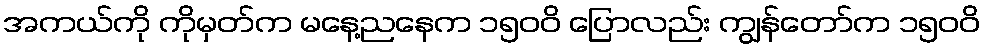
အကယ်ကို ကိုမှတ်က မနေ့ညနေက ၁၅၀၀ိ ပြောလည်း ကျွန်တော်က ၁၅၀၀ိ